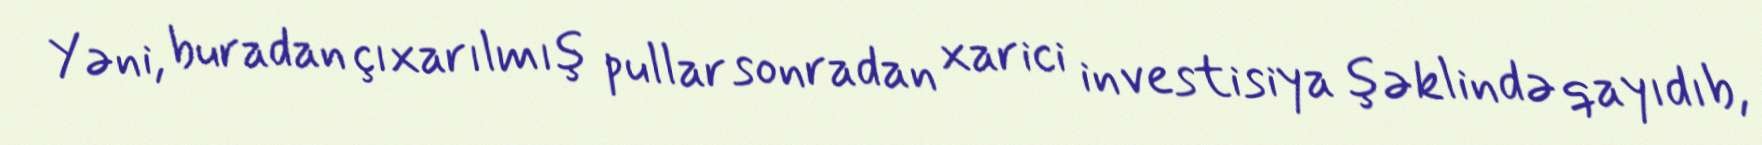
Yəni, buradan çıxarılmış pullar sonradan xarici investisiya şəklində qayıdıb,